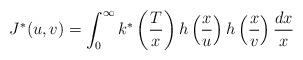
LaTeX: \begin{align*} J^*(u,v)=\int_0^\infty k^*\left(\frac{T}{x}\right)h\left(\frac{x}{u}\right)h\left(\frac{x}{v}\right)\frac{dx}{x}\end{align*}